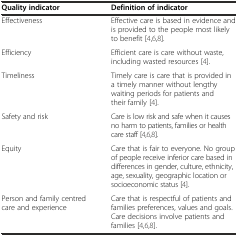
| Quality indicator | Definition of indicator |
 | --- | --- |
 | Effectiveness | Effective care is based in evidence and is provided to the people most likely to benefit[4, 6, 8]. |
 | Efficiency | Efficient care is care without waste, including wasted resources[4]. |
 | Timeliness | Timely care is care that is provided in a timely manner without lengthy waiting periods for patients and their family[4]. |
 | Safety and risk | Care is low risk and safe when it causes no harm to patients, families or health care staff[4, 6, 8]. |
 | Equity | Care that is fair to everyone. No group of people receive inferior care based in differences in gender, culture, ethnicity, age, sexuality, geographic location or socioeconomic status[4]. |
 | Person and family centred care and experience | Care that is respectful of patients and families preferences, values and goals. Care decisions involve patients and families[4, 6, 8]. |